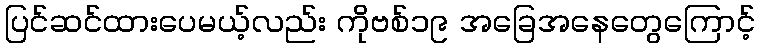
ပြင်ဆင်ထားပေမယ့်လည်း ကိုဗစ်၁၉ အခြေအနေတွေကြောင့်